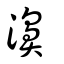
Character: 濞